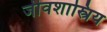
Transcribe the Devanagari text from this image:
जीवशास्त्रिय